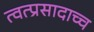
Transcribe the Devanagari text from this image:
त्वत्प्रसादाच्च